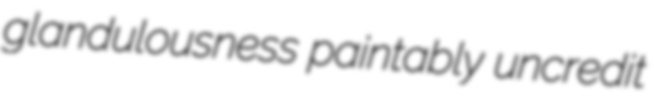
glandulousness paintably uncredit